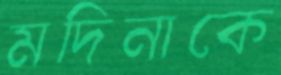
মদিনাকে